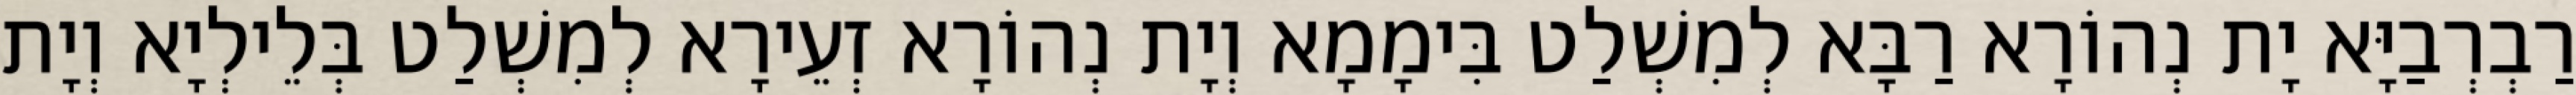
רַבְרְבַיָּא יָת נְהוֹרָא רַבָּא לְמִשְׁלַט בִּימָמָא וְיָת נְהוֹרָא זְעֵירָא לְמִשְׁלַט בְּלֵילְיָא וְיָת